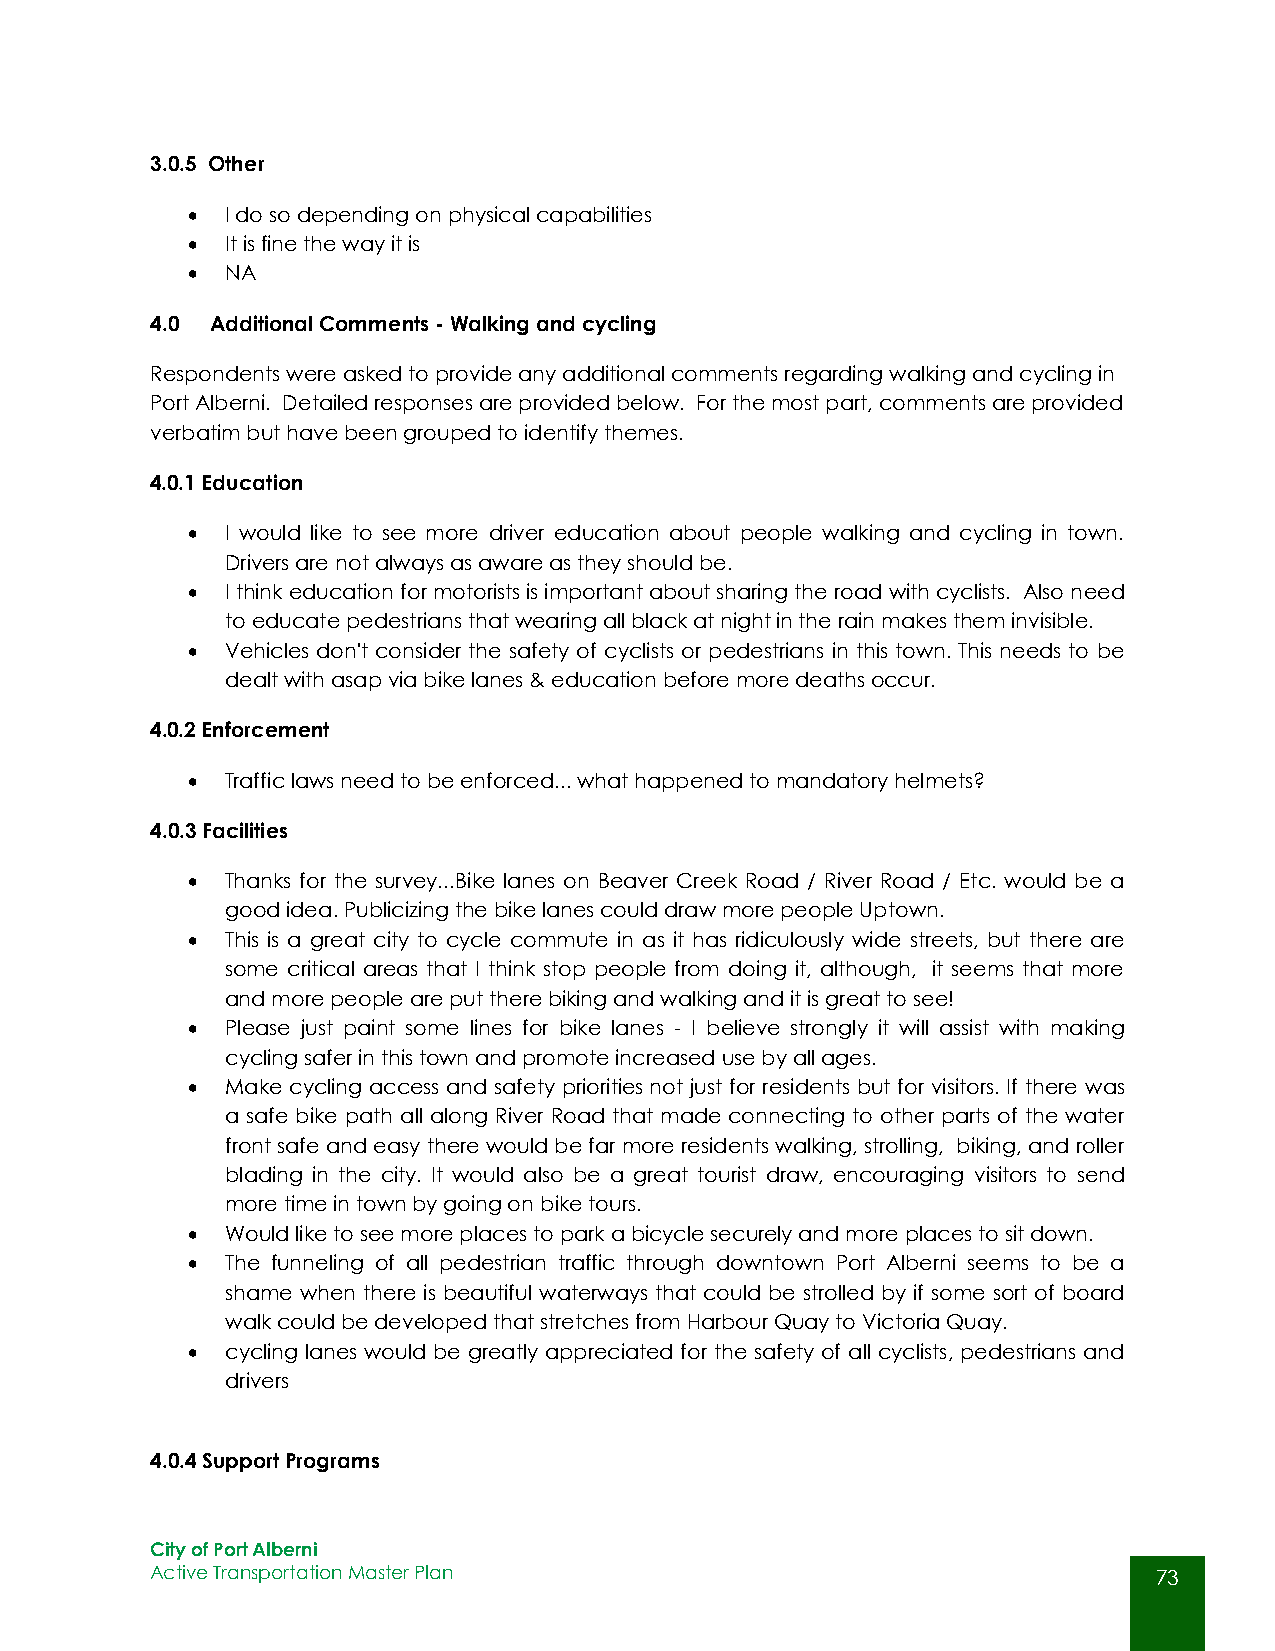
3.0.5 Other
   I do so depending on physical capabilities
   It is fine the way it is
   NA
 4.0 Additional Comments - Walking and cycling
 Respondents were asked to provide any additional comments regarding walking and cycling in
 Port Alberni. Detailed responses are provided below. For the most part, comments are provided
 verbatim but have been grouped to identify themes.
 4.0.1 Education
   I would like to see more driver education about people walking and cycling in town.
 Drivers are not always as aware as they should be.
   I think education for motorists is important about sharing the road with cyclists. Also need
 to educate pedestrians that wearing all black at night in the rain makes them invisible.
   Vehicles don't consider the safety of cyclists or pedestrians in this town. This needs to be
 dealt with asap via bike lanes & education before more deaths occur.
 4.0.2 Enforcement
   Traffic laws need to be enforced... what happened to mandatory helmets?
 4.0.3 Facilities
   Thanks for the survey...Bike lanes on Beaver Creek Road / River Road / Etc. would be a
 good idea. Publicizing the bike lanes could draw more people Uptown.
   This is a great city to cycle commute in as it has ridiculously wide streets, but there are
 some critical areas that I think stop people from doing it, although, it seems that more
 and more people are put there biking and walking and it is great to see!
   Please just paint some lines for bike lanes - I believe strongly it will assist with making
 cycling safer in this town and promote increased use by all ages.
   Make cycling access and safety priorities not just for residents but for visitors. If there was
 a safe bike path all along River Road that made connecting to other parts of the water
 front safe and easy there would be far more residents walking, strolling, biking, and roller
 blading in the city. It would also be a great tourist draw, encouraging visitors to send
 more time in town by going on bike tours.
   Would like to see more places to park a bicycle securely and more places to sit down.
   The funneling of all pedestrian traffic through downtown Port Alberni seems to be a
 shame when there is beautiful waterways that could be strolled by if some sort of board
 walk could be developed that stretches from Harbour Quay to Victoria Quay.
   cycling lanes would be greatly appreciated for the safety of all cyclists, pedestrians and
 drivers
 4.0.4 Support Programs
 City of Port Alberni
 Active Transportation Master Plan                                  73
 73